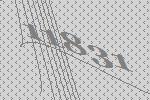
11831